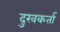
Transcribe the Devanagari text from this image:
दुखकर्ता